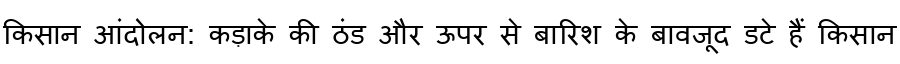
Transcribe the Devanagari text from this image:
किसान आंदोलन: कड़ाके की ठंड और ऊपर से बारिश के बावजूद डटे हैं किसान